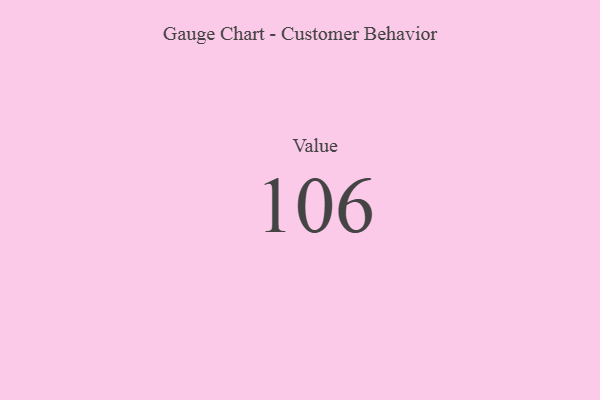
{"axis": {"x": "Metric", "y": "Value"}, "legend": [""], "data": [{"x": "Value", "y": 106, "type": ""}]}